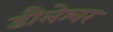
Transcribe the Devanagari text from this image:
डौलेश्वर